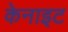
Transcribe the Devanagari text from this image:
केनाइट